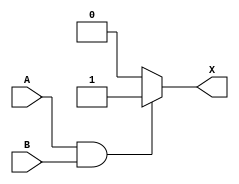
//Modulo
module Secuencial(A,B,X);

//Puertos
input A,B;
output reg X;  //Hacer X un registro
//alambres


//Asignaciones
always @(A,B)
begin
	if((A==1) && (B==1))
	begin
		X=1;	//No se puede dar valores a la salida se necesita registro
	end
	else
	begin
		X=0;
	end
end


endmodule